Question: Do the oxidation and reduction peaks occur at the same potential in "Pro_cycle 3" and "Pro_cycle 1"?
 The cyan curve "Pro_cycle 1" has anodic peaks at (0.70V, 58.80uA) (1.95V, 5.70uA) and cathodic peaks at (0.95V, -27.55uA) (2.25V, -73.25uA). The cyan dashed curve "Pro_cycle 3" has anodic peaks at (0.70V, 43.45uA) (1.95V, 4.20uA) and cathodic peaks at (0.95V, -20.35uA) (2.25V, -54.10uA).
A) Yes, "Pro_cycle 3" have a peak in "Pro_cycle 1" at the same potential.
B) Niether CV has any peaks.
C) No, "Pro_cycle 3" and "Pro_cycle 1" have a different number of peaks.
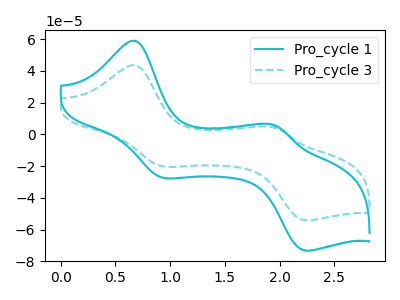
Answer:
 <answer>A) Yes, "Pro_cycle 3" have a peak in "Pro_cycle 1" at the same potential.</answer>
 <eval>A</eval>